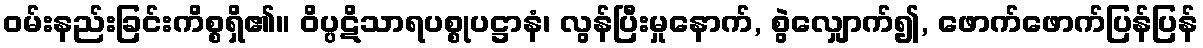
ဝမ်းနည်းခြင်းကိစ္စရှိ၏။ ဝိပ္ပဋိသာရပစ္စုပဋ္ဌာနံ၊ လွန်ပြီးမှုနောက်, စွဲလျှောက်၍, ဖောက်ဖောက်ပြန်ပြန်